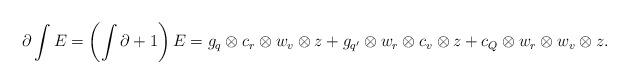
LaTeX: \begin{align*}\partial \int E= \left( \int \partial + 1 \right) E= g_q \otimes c_r \otimes w_v \otimes z + g_{q'} \otimes w_r \otimes c_v \otimes z+ c_Q \otimes w_r \otimes w_v \otimes z.\end{align*}